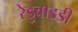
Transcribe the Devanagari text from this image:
रेडुवाइडी